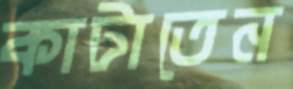
কাটাতেন